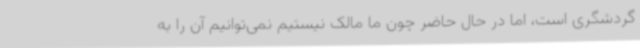
گردشگری است، اما در حال حاضر چون ما مالک نیستیم نمی‌توانیم آن را به